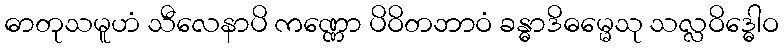
ဓာတုသမူဟံ သီလေနာပိ ကဏ္ဏော ပိဝိတဘာဝံ ခန္ဓာဒိဓမ္မေသု သလ္လဝိဒ္ဓေါဝ